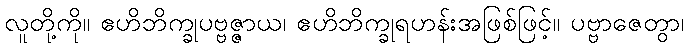
လူတို့ကို။ ဧဟိဘိက္ခုပဗ္ဗဇ္ဇာယ၊ ဧဟိဘိက္ခုရဟန်းအဖြစ်ဖြင့်။ ပဗ္ဗာဇေတွာ၊